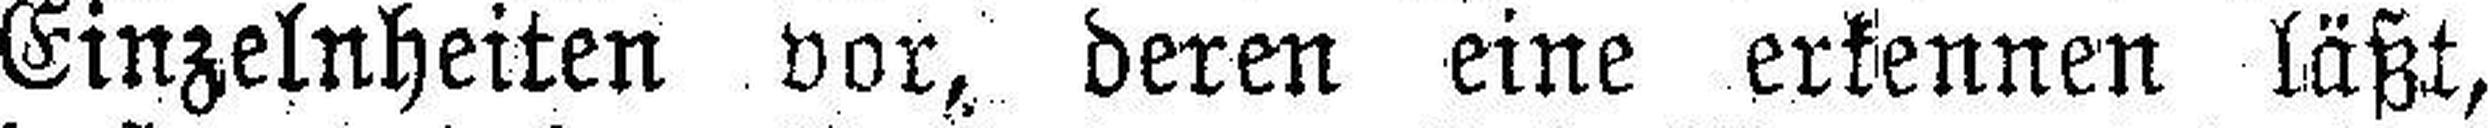
Einzelnheiten vor, deren eine erkennen läßt,